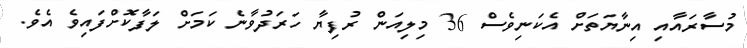
މުސާރައާއި އިނާޔަތަށް އެކަނިވެސް 36 މިލިއަން ރުފިޔާ ހަރަދުވާނެ ކަމަށް ލަފާކޮށްފައިވެ އެވެ.